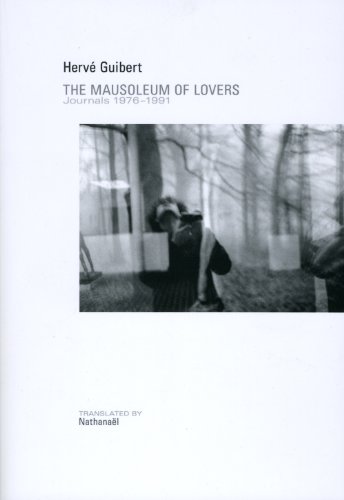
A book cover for Mausoleum of Lovers: Journals 1976-1991; HervÃ© Guibert; Literature & Fiction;